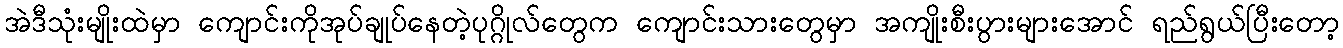
အဲဒီသုံးမျိုးထဲမှာ ကျောင်းကိုအုပ်ချုပ်နေတဲ့ပုဂ္ဂိုလ်တွေက ကျောင်းသားတွေမှာ အကျိုးစီးပွားများအောင် ရည်ရွယ်ပြီးတော့